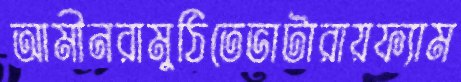
আমীনরামুঠিতেভাটারায়ফ্যাম